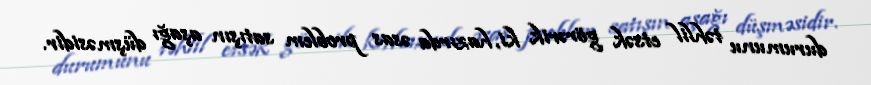
durumunu təhlil etsək görərik ki, hazırda əsas problem satışın aşağı düşməsidir.